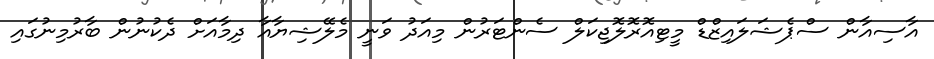
އާސިއާން ސްޕެޝަލައިޒްޑް މީޓިއޮރޮލޮޖިކަލް ސެންޓަރުން މިއަދު ވަނީ މެލޭޝިޔާއާ ދިމާއަށް ދެކުނުން ބާރުމިނުގައި